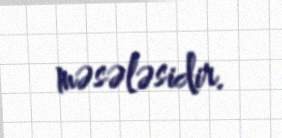
məsələsidir.